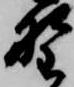
野